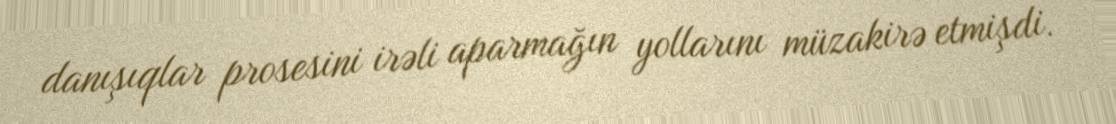
danışıqlar prosesini irəli aparmağın yollarını müzakirə etmişdi.